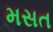
મસત